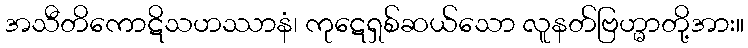
အသီတိကောဋိသဟဿာနံ၊ ကုဋေရှစ်ဆယ်သော လူနတ်ဗြဟ္မာတို့အား။